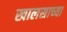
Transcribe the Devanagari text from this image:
खालसाच्या